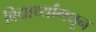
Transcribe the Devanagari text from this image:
विद्यार्थ्यांमधून